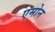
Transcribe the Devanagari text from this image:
एमोन